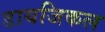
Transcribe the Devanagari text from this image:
डायजिकल